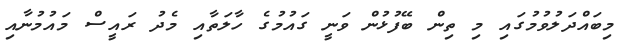
މިބައްދަލުވުމުގައި މި ތިން ބޭފުޅުން ވަނީ ގައުމުގެ ހާލަތާއި މެދު ރައީސް މައުމުނާއި